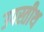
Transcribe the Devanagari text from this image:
उपस्तीथ